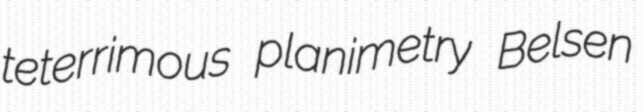
teterrimous planimetry Belsen